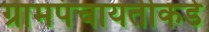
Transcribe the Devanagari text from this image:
ग्रामपंचायतीकडे